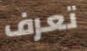
تعرف